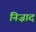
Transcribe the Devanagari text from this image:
निज़ाद